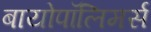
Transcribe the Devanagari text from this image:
बायोपॉलिमर्स